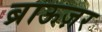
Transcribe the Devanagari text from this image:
ब्राऊज़र